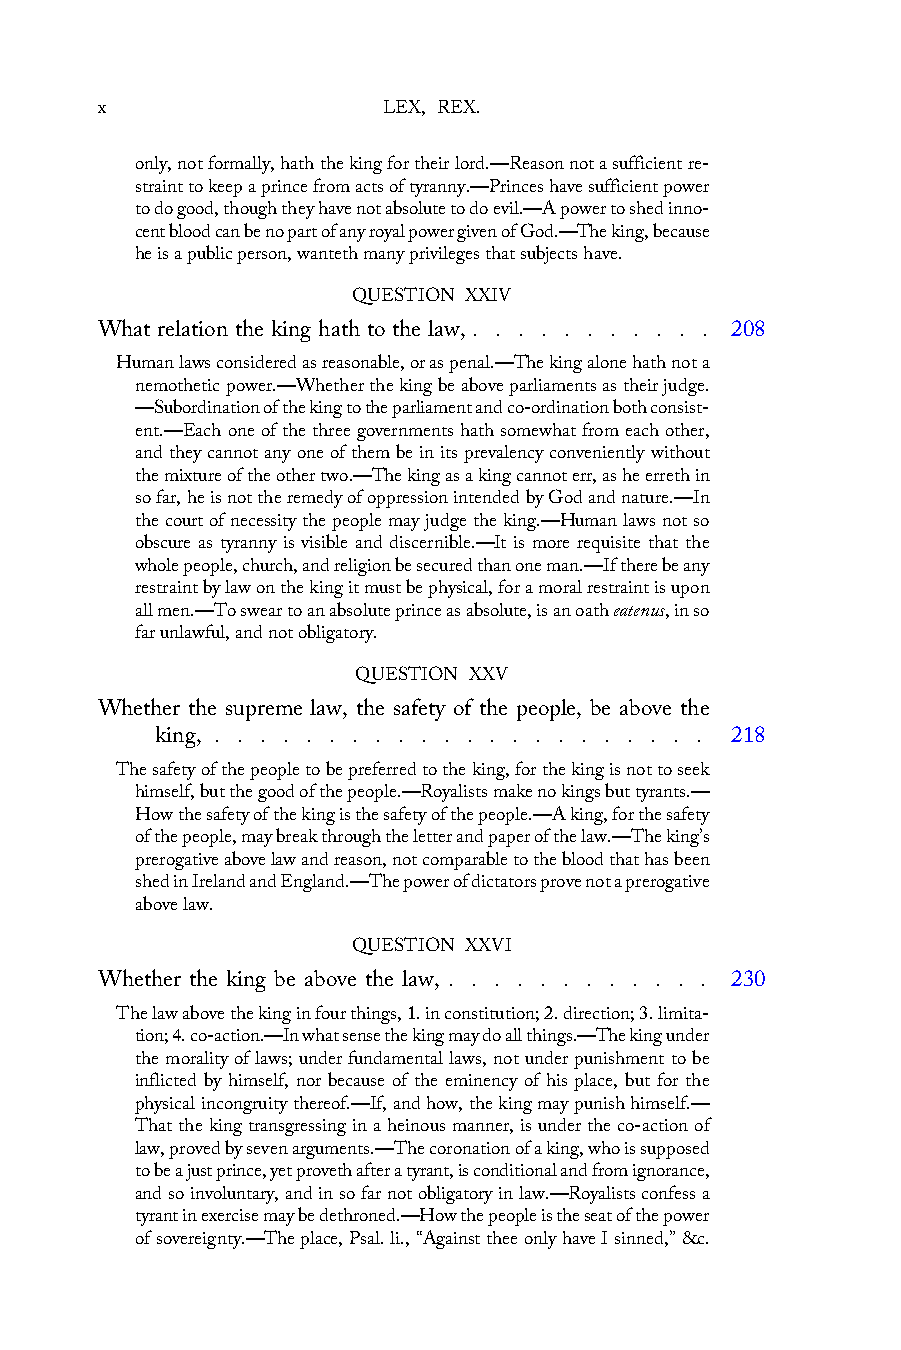
x                  LEX, REX.
 only, not formally, hath the king for their lord.—Reason not a sufficient re-
 straint to keep a prince from acts of tyranny.—Princes have sufficient power
 to do good, though they have not absolute to do evil.—A power to shed inno-
 cent blood can be no part of any royal power given of God.—The king, because
 he is a public person, wanteth many privileges that subjects have.
 QUESTION XXIV
 What relation the king hath to the law, . . . . . . . . . . . 208
 Human laws considered as reasonable, or as penal.—The king alone hath not a
 nemothetic power.—Whether the king be above parliaments as their judge.
 —Subordination of the king to the parliament and co-ordination both consist-
 ent.—Each one of the three governments hath somewhat from each other,
 and they cannot any one of them be in its prevalency conveniently without
 the mixture of the other two.—The king as a king cannot err, as he erreth in
 so far, he is not the remedy of oppression intended by God and nature.—In
 the court of necessity the people may judge the king.—Human laws not so
 obscure as tyranny is visible and discernible.—It is more requisite that the
 whole people, church, and religion be secured than one man.—If there be any
 restraint by law on the king it must be physical, for a moral restraint is upon
 all men.—To swear to an absolute prince as absolute, is an oath eatenus, in so
 far unlawful, and not obligatory.
 QUESTION XXV
 Whether the supreme law, the safety of the people, be above the
 king, . . . . . . . . . . . . . . . . . . . . . . 218
 The safety of the people to be preferred to the king, for the king is not to seek
 himself, but the good of the people.—Royalists make no kings but tyrants.—
 How the safety of the king is the safety of the people.—A king, for the safety
 of the people, may break through the letter and paper of the law.—The king’s
 prerogative above law and reason, not comparable to the blood that has been
 shed in Ireland and England.—The power of dictators prove not a prerogative
 above law.
 QUESTION XXVI
 Whether the king be above the law, . . . . . . . . . . . . 230
 The law above the king in four things, 1. in constitution; 2. direction; 3. limita-
 tion; 4. co-action.—In what sense the king may do all things.—The king under
 the morality of laws; under fundamental laws, not under punishment to be
 inflicted by himself, nor because of the eminency of his place, but for the
 physical incongruity thereof.—If, and how, the king may punish himself.—
 That the king transgressing in a heinous manner, is under the co-action of
 law, proved by seven arguments.—The coronation of a king, who is supposed
 to be a just prince, yet proveth after a tyrant, is conditional and from ignorance,
 and so involuntary, and in so far not obligatory in law.—Royalists confess a
 tyrant in exercise may be dethroned.—How the people is the seat of the power
 of sovereignty.—The place, Psal. li., “Against thee only have I sinned,” &c.